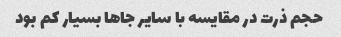
حجم ذرت در مقایسه با سایر جاها بسیار کم بود